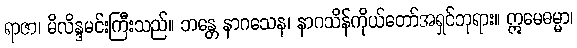
ရာဇာ၊ မိလိန္ဒမင်းကြီးသည်။ ဘန္တေ နာဂသေန၊ နာဂသိန်ကိုယ်တော်အရှင်ဘုရား။ ဣမေဓမ္မာ၊